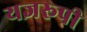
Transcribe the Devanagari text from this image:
यज्ञरूपी